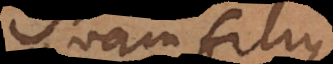
quam filius